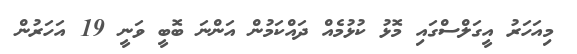
މިއަހަރު އީގަލްސްގައި މޮޅު ކުޅުމެއް ދައްކަމުން އަންނަ ބޮބީ ވަނީ 19 އަހަރުން